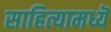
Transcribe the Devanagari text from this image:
साहित्यामध्यॆ